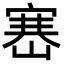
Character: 𡺶